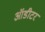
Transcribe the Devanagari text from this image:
ऑडीटर